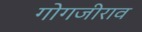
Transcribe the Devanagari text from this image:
गोगजीराव